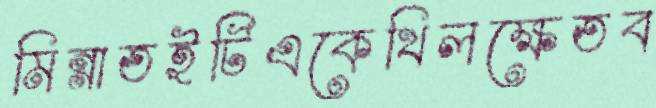
মিন্নাতইটিএকেখিলক্ষেতব